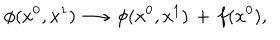
\phi ( x ^ { 0 } , x ^ { 1 } ) \longrightarrow \phi ( x ^ { 0 } , x ^ { 1 } ) \, + \, f ( x ^ { 0 } ) ,